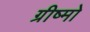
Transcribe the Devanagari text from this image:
ग्रीष्मो